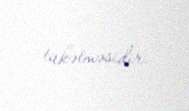
tükətməsidir.